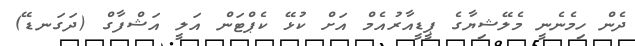
ދެން ހިމެނެނީ މެލޭޝިޔާގެ ޕީޑީއާރުއެމް އަށް ކުޅޭ ކެޕްޓަން އަލީ އަޝްފާގް (ދަގަނޑޭ)